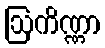
ဩကိဏ္ဏာ